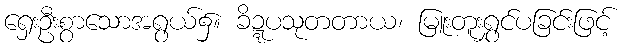
ရှေးဦးစွာသောအရွယ်၌။ ခိဍ္ဍပသုတတာယ၊ မြူးတူးရွှင်ပခြင်းဖြင့်